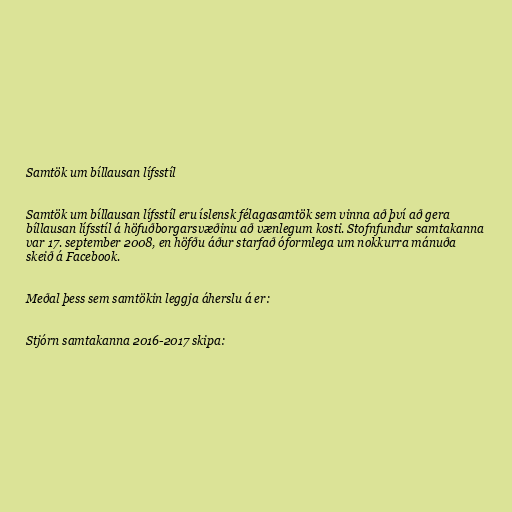
Samtök um bíllausan lífsstíl

Samtök um bíllausan lífsstíl eru íslensk félagasamtök sem vinna að því að gera
bíllausan lífsstíl á höfuðborgarsvæðinu að vænlegum kosti. Stofnfundur samtakanna
var 17. september 2008, en höfðu áður starfað óformlega um nokkurra mánuða
skeið á Facebook.

Meðal þess sem samtökin leggja áherslu á er:

Stjórn samtakanna 2016-2017 skipa: